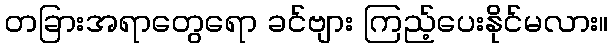
တခြားအရာတွေရော ခင်ဗျား ကြည့်ပေးနိုင်မလား။